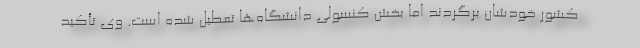
کشور خودشان برگردند اما بخش کنسولی دانشگاه‌ها تعطیل‌ شده است. وی تأکید